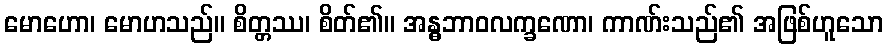
မောဟော၊ မောဟသည်။ စိတ္တဿ၊ စိတ်၏။ အန္ဓဘာဝလက္ခဏော၊ ကာဏ်းသည်၏ အဖြစ်ဟူသော